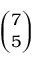
\binom { 7 } { 5 }